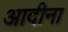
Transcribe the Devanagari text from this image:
आदीना